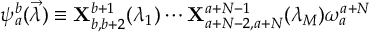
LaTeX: \psi _ { a } ^ { b } ( \vec { \lambda } ) \equiv { \bf X } _ { b , b + 2 } ^ { b + 1 } ( \lambda _ { 1 } ) \cdots { \bf X } _ { a + N - 2 , a + N } ^ { a + N - 1 } ( \lambda _ { M } ) \omega _ { a } ^ { a + N }